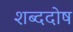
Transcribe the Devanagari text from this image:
शब्ददोष